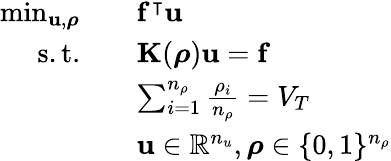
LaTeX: \begin{array}{rl}{\operatorname*{min}_{\mathbf{u},\boldsymbol{\rho}}}&{\quad\mathbf{f}^{\intercal}\mathbf{u}}\\ {\mathrm{s.t.}}&{\quad\mathbf{K}(\boldsymbol{\rho})\mathbf{u}=\mathbf{f}}\\ &{\quad\sum_{i=1}^{n_{\rho}}\frac{\rho_{i}}{n_{\rho}}=V_{T}}\\ &{\quad\mathbf{u}\in\mathbb{R}^{n_{u}},\boldsymbol{\rho}\in\{ 0,1\} ^{n_{\rho}}}\end{array}